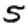
Digit: 5